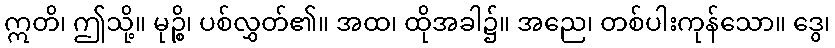
ဣတိ၊ ဤသို့။ မုဉ္စိ၊ ပစ်လွှတ်၏။ အထ၊ ထိုအခါ၌။ အညေ၊ တစ်ပါးကုန်သော။ ဒွေ၊